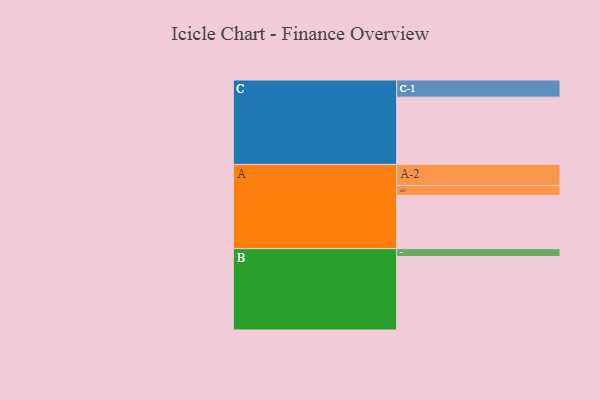
{"axis": {"x": "Segment", "y": "Value"}, "legend": ["", "A", "B", "C"], "data": [{"x": "A", "y": 398, "type": ""}, {"x": "B", "y": 548, "type": ""}, {"x": "C", "y": 502, "type": ""}, {"x": "A-1", "y": 73, "type": "A"}, {"x": "A-2", "y": 157, "type": "A"}, {"x": "B-1", "y": 59, "type": "B"}, {"x": "C-1", "y": 128, "type": "C"}]}